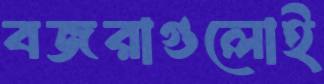
বজরাগুলোই